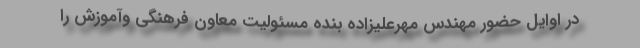
در اوایل حضور مهندس مهرعلیزاده بنده مسئولیت معاون فرهنگی وآموزش را